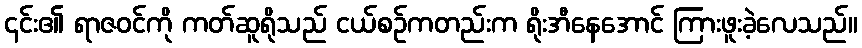
၎င်း၏ ရာဇဝင်ကို ကတ်ဆူရိုသည် ငယ်စဉ်ကတည်းက ရိုးအီနေအောင် ကြားဖူးခဲ့လေသည်။